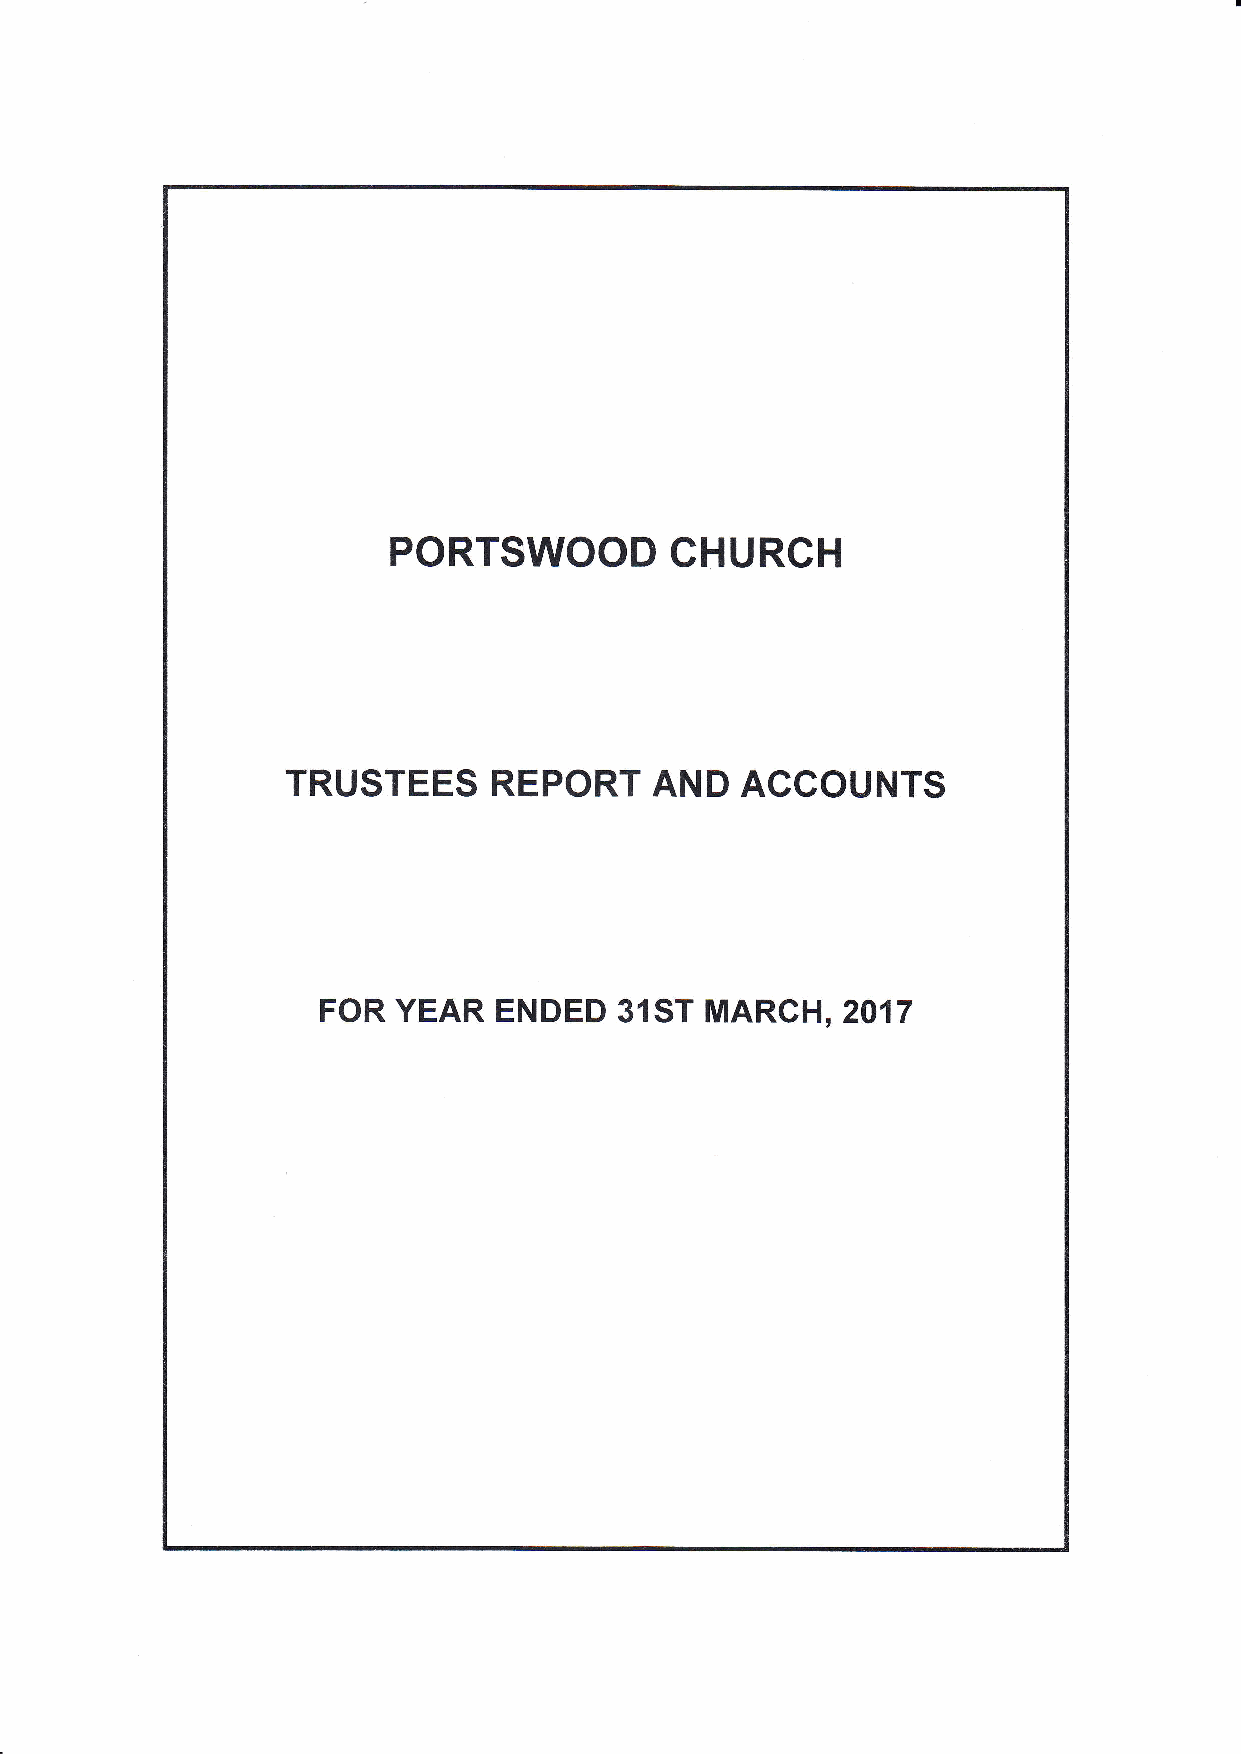
PORTSWOOD         CHURCH
 TRUSTEES      REPORT    AND   ACCOUNTS
 FOR  YEAR   ENDED   31ST  MARCH   , 2017